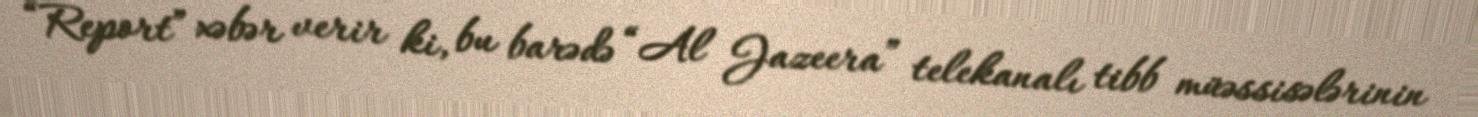
“Report” xəbər verir ki, bu barədə “Al Jazeera” telekanalı tibb müəssisələrinin